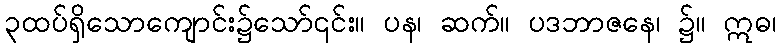
၃ထပ်ရှိသောကျောင်း၌သော်၎င်း။ ပန၊ ဆက်။ ပဒဘာဇနေ၊ ၌။ ဣဓ၊